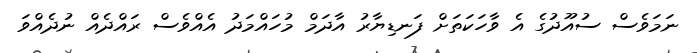
ނަމަވެސް ސުއޫދުގެ އެ ވާހަކަތަށް ފަނޑިޔާރު އާދަމް މުހައްމަދު އެއްވެސް ރައްދެއް ނުދެއްވަ